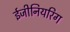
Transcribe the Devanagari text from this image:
ईजीनियरिग